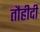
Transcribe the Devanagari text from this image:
तौहीदी